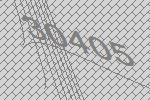
30405